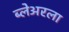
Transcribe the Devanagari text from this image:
ब्लेअरला